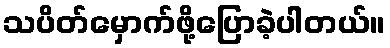
သပိတ်မှောက်ဖို့ပြောခဲ့ပါတယ်။